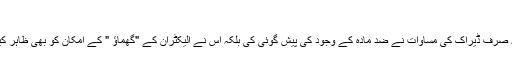
)
نہ صرف ڈیراک کی مساوات نے ضد مادّہ کے وجود کی پیش گوئی کی بلکہ اس نے الیکٹران کے "گھماؤ " کے امکان کو بھی ظاہر کیا۔